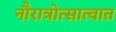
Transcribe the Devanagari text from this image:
नौरात्रोत्सात्वात